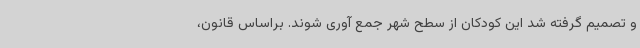
و تصمیم گرفته شد این کودکان از سطح شهر جمع آوری شوند. براساس قانون،